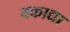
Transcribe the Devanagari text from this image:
बकाद्या